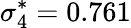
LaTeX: \sigma_{4}^{*}=0.761